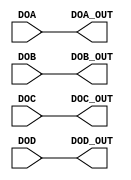
module DRAM_4_OUTPUT_STUB(
    input DOA, DOB, DOC, DOD,
    output DOA_OUT, DOB_OUT, DOC_OUT, DOD_OUT
);
  assign DOA_OUT = DOA;
  assign DOB_OUT = DOB;
  assign DOC_OUT = DOC;
  assign DOD_OUT = DOD;
endmodule